Jaan_Tonisson_(Lasteleht), lk 25
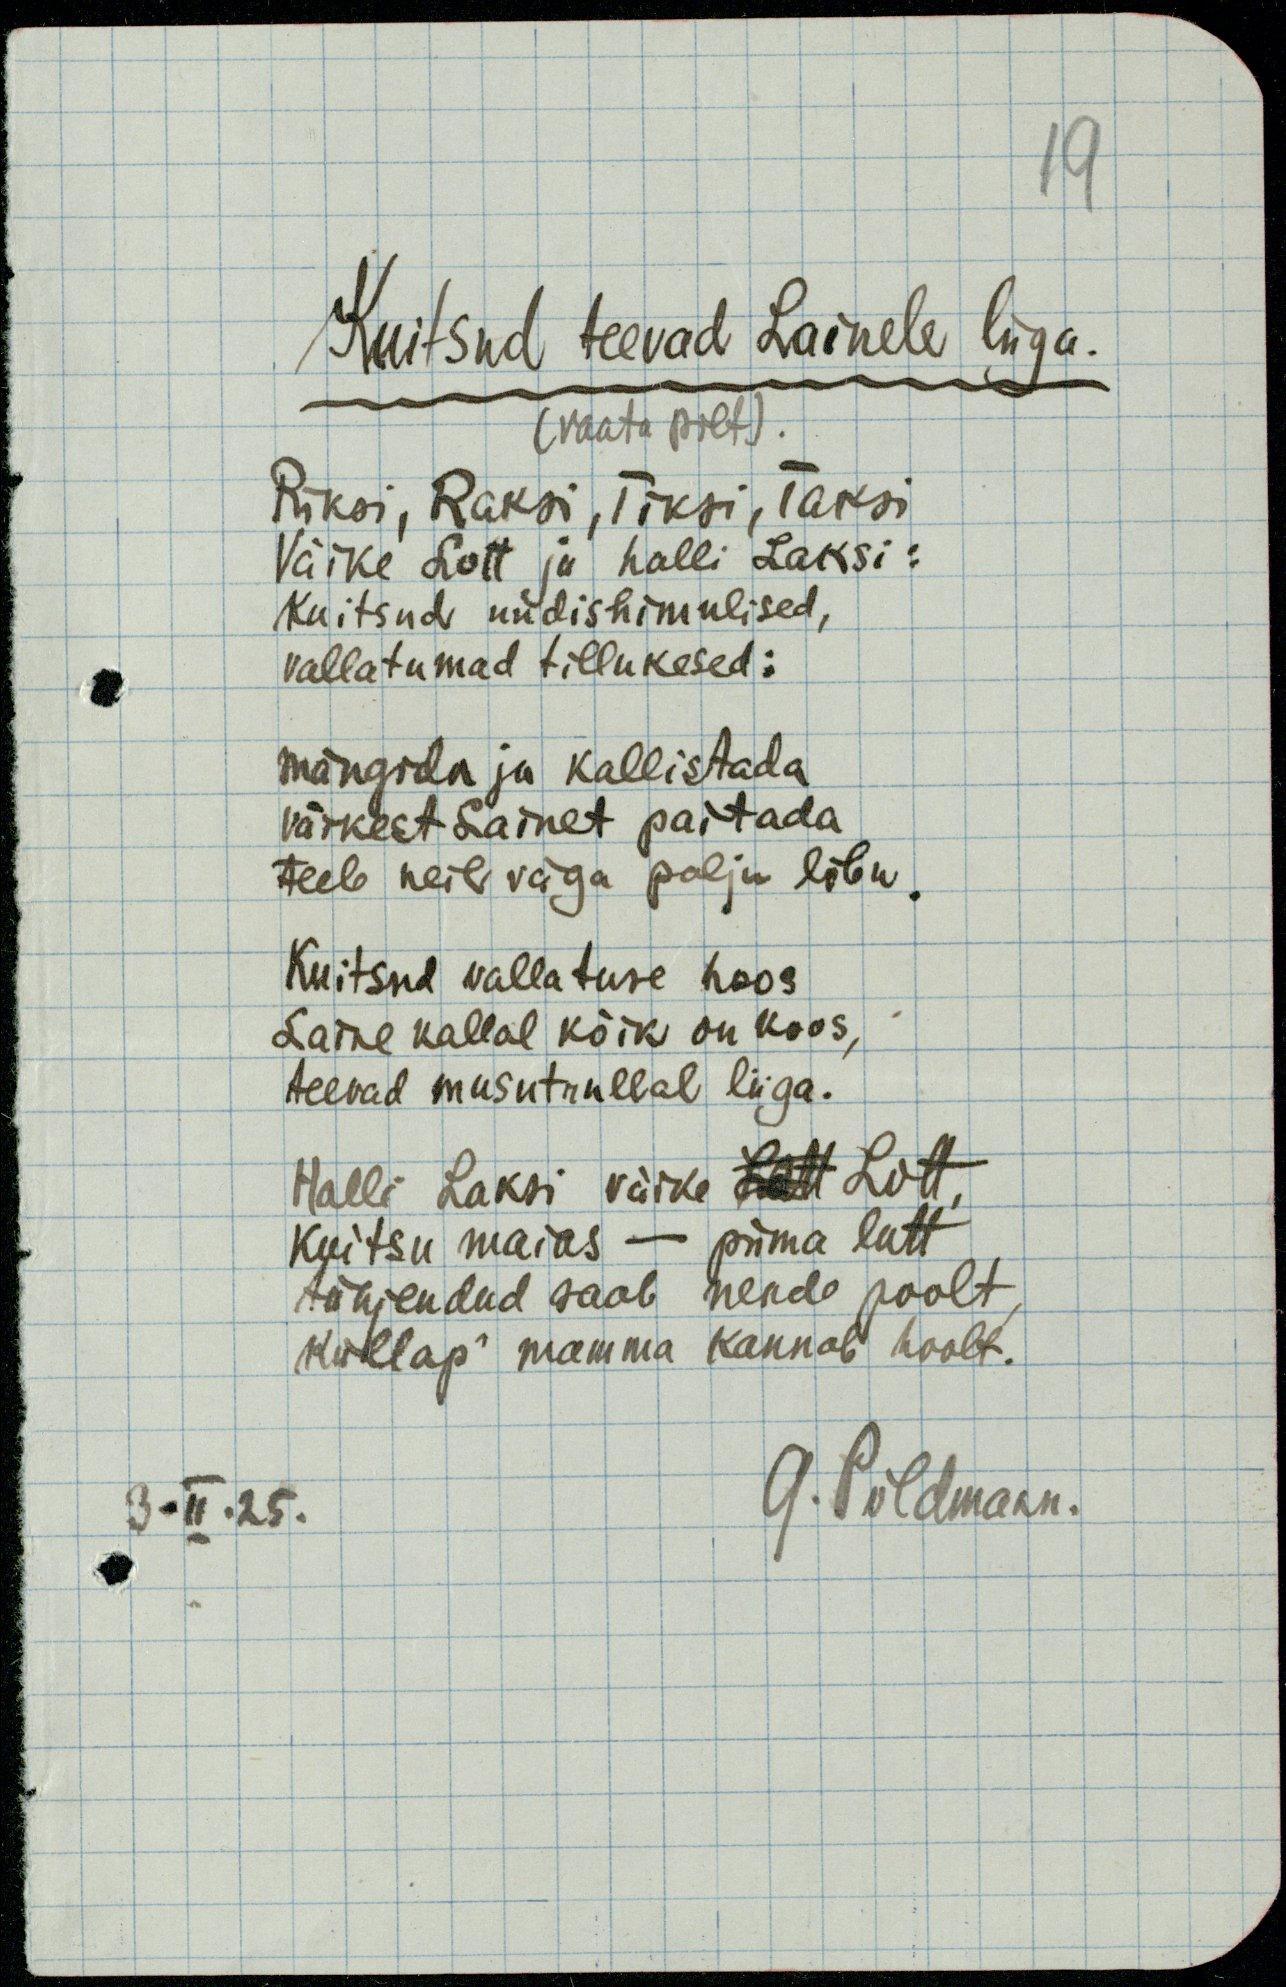
Kuitsud teevad Lainele liiga.
(vaata pilt).
Riksi, Raksi, Tiksi, Taksi
Väike Lott ja halli Laksi:
Kuitsud uudishimulised,
vallatumad tillukesed:
mängida ja kallistada
väikest Lainet paitada
teeb neil väga palju lõbu.
Kuitsud vallatuse hoos
Laine kallal kõik on koos,
teevad musutrullal liiga.
Halli Laksi, väike Lott Lott,
Kuitsu maias – piima lutt
tühjendud saab nende poolt,
küllap mamma kannab hoolt.
G. Põldmann
3-II.25.